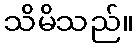
သိမိသည်။